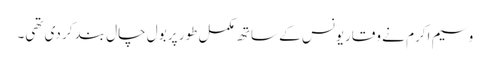
وسیم اکرم نے وقاریونس کے ساتھ مکمل طور پر بول چال بند کر دی تھی۔